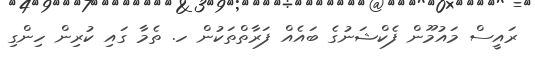
ރައީސް މައުމޫން ފެކްޝަނުގެ ބައެއް ފަރާތްތަކުން ހ. ތެމާ ގައި ކުރިން ހިންގި